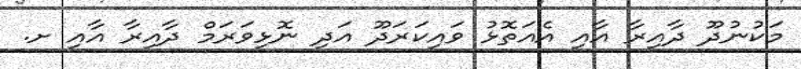
މަކުނުދޫ ދާއިރާ އާއި އެއަތޮޅު ވައިކަރަދޫ އަދި ނޮޅިވަރަމް ދާއިރާ އާއި ށ.